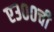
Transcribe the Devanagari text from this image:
ए३००ची